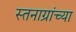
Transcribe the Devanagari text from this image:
स्तनाग्रांच्या